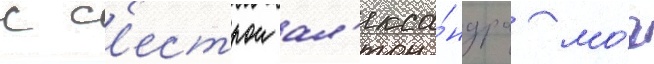
с с'естрои ал'екса́ндра мо́г